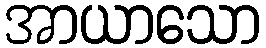
အာယာသော